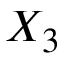
X _ { 3 }